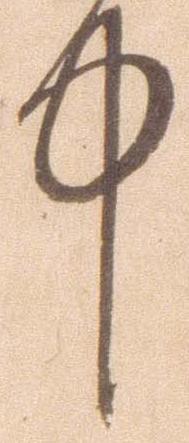
中